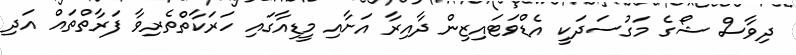
ދިވާސް ޝޯގެ މަގުސަދަކީ އެޑްވަޓައިޒިން ދާއިރާ އަށާއި މީޑިއާގައި ހަރަކާތްތެރިވާ ފަރާތްތައް އަދި